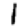
Digit: 1